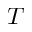
T